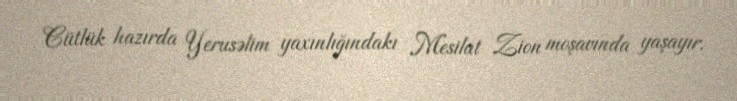
Cütlük hazırda Yerusəlim yaxınlığındakı Mesilat Zion moşavında yaşayır.